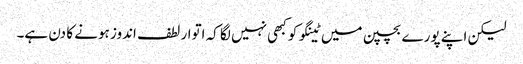
لیکن اپنے پورے بچپن میں ٹینگو کو کبھی نہیں لگا کہ اتوار لطف اندوز ہونے کا دن ہے۔